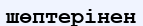
шөптерінен